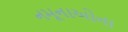
નમૂનાઓના